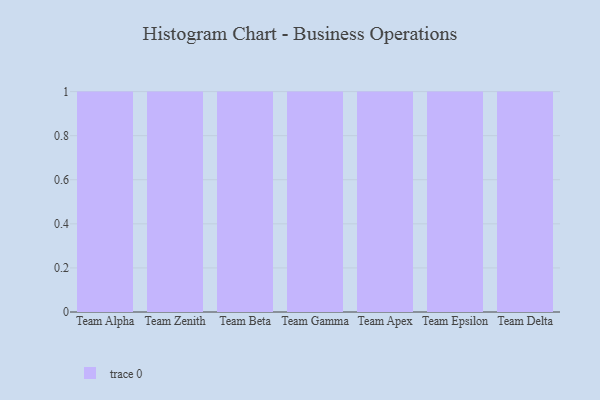
{"axis": {"x": "Team", "y": "Tickets Resolved"}, "legend": [""], "data": [{"x": "Team Alpha", "y": 3, "type": ""}, {"x": "Team Zenith", "y": 77, "type": ""}, {"x": "Team Beta", "y": 80, "type": ""}, {"x": "Team Gamma", "y": 44, "type": ""}, {"x": "Team Apex", "y": 7, "type": ""}, {"x": "Team Epsilon", "y": 41, "type": ""}, {"x": "Team Delta", "y": 93, "type": ""}]}